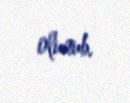
olunub.